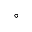
\circ